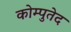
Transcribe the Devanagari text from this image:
कोम्पुतेद